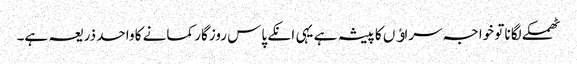
ٹھمکے لگانا تو خواجہ سراﺅں کا پیشہ ہے یہی انکے پاس روزگار کمانے کا واحد ذریعہ ہے۔